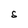
Character: S